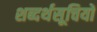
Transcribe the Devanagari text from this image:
शब्दर्थसूचियों